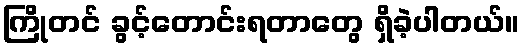
ကြိုတင် ခွင့်တောင်းရတာတွေ ရှိခဲ့ပါတယ်။